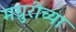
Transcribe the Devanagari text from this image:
मग्रुरीच्या